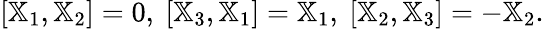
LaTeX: [{\mathbb X}_{1},{\mathbb X}_{2}]=0,~[{\mathbb X}_{3},{\mathbb X}_{1}]={\mathbb X}_{1},~[{\mathbb X}_{2},{\mathbb X}_{3}]=-{\mathbb X}_{2}.